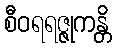
စီဝရရဇ္ဇုကန္တိ